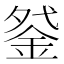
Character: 𰼩